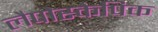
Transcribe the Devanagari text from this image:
लैपोस्केपिक